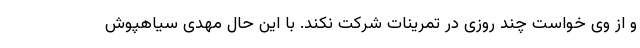
و از وی خواست چند روزی در تمرینات شرکت نکند. با این حال مهدی سیاهپوش